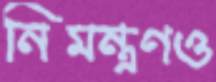
নিমন্ত্রণও